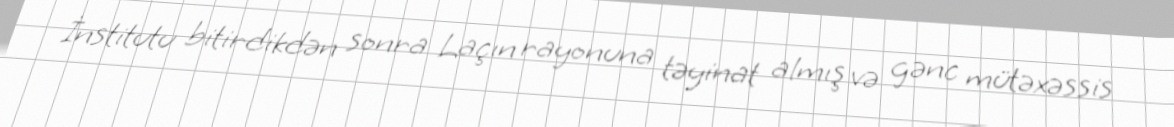
İnstitutu bitirdikdən sonra Laçın rayonuna təyinat almış və gənc mütəxəssis